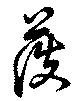
護